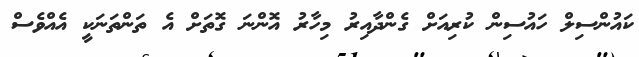
ކައުންސިލް ހައުސިން ކުރިއަށް ގެންދާއިރު މިހާރު އޮންނަ ގޮތަށް އެ ތަންތަނަކީ އެެއްވެސް